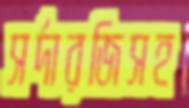
সর্দারজিসহ